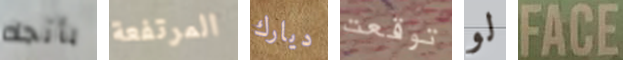
بأتجاه المرتفعة ديارك توقعت لو FACE